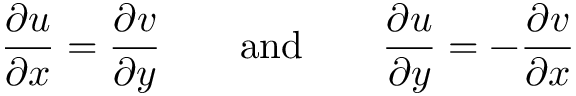
{ \frac { \partial u } { \partial x } } = { \frac { \partial v } { \partial y } } \qquad { \mathrm { a n d } } \qquad { \frac { \partial u } { \partial y } } = - { \frac { \partial v } { \partial x } }